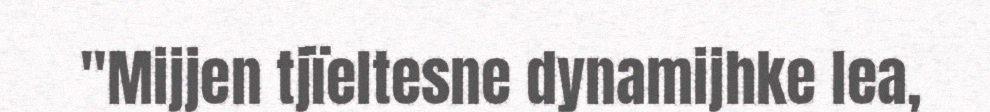
"Mijjen tjïeltesne dynamijhke lea,